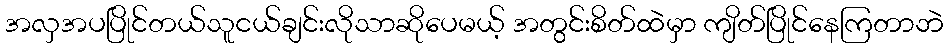
အလှအပပြိုင်တယ်သူငယ်ချင်းလိုသာဆိုပေမယ့် အတွင်းစိတ်ထဲမှာ ကျိတ်ပြိုင်နေကြတာဘဲ